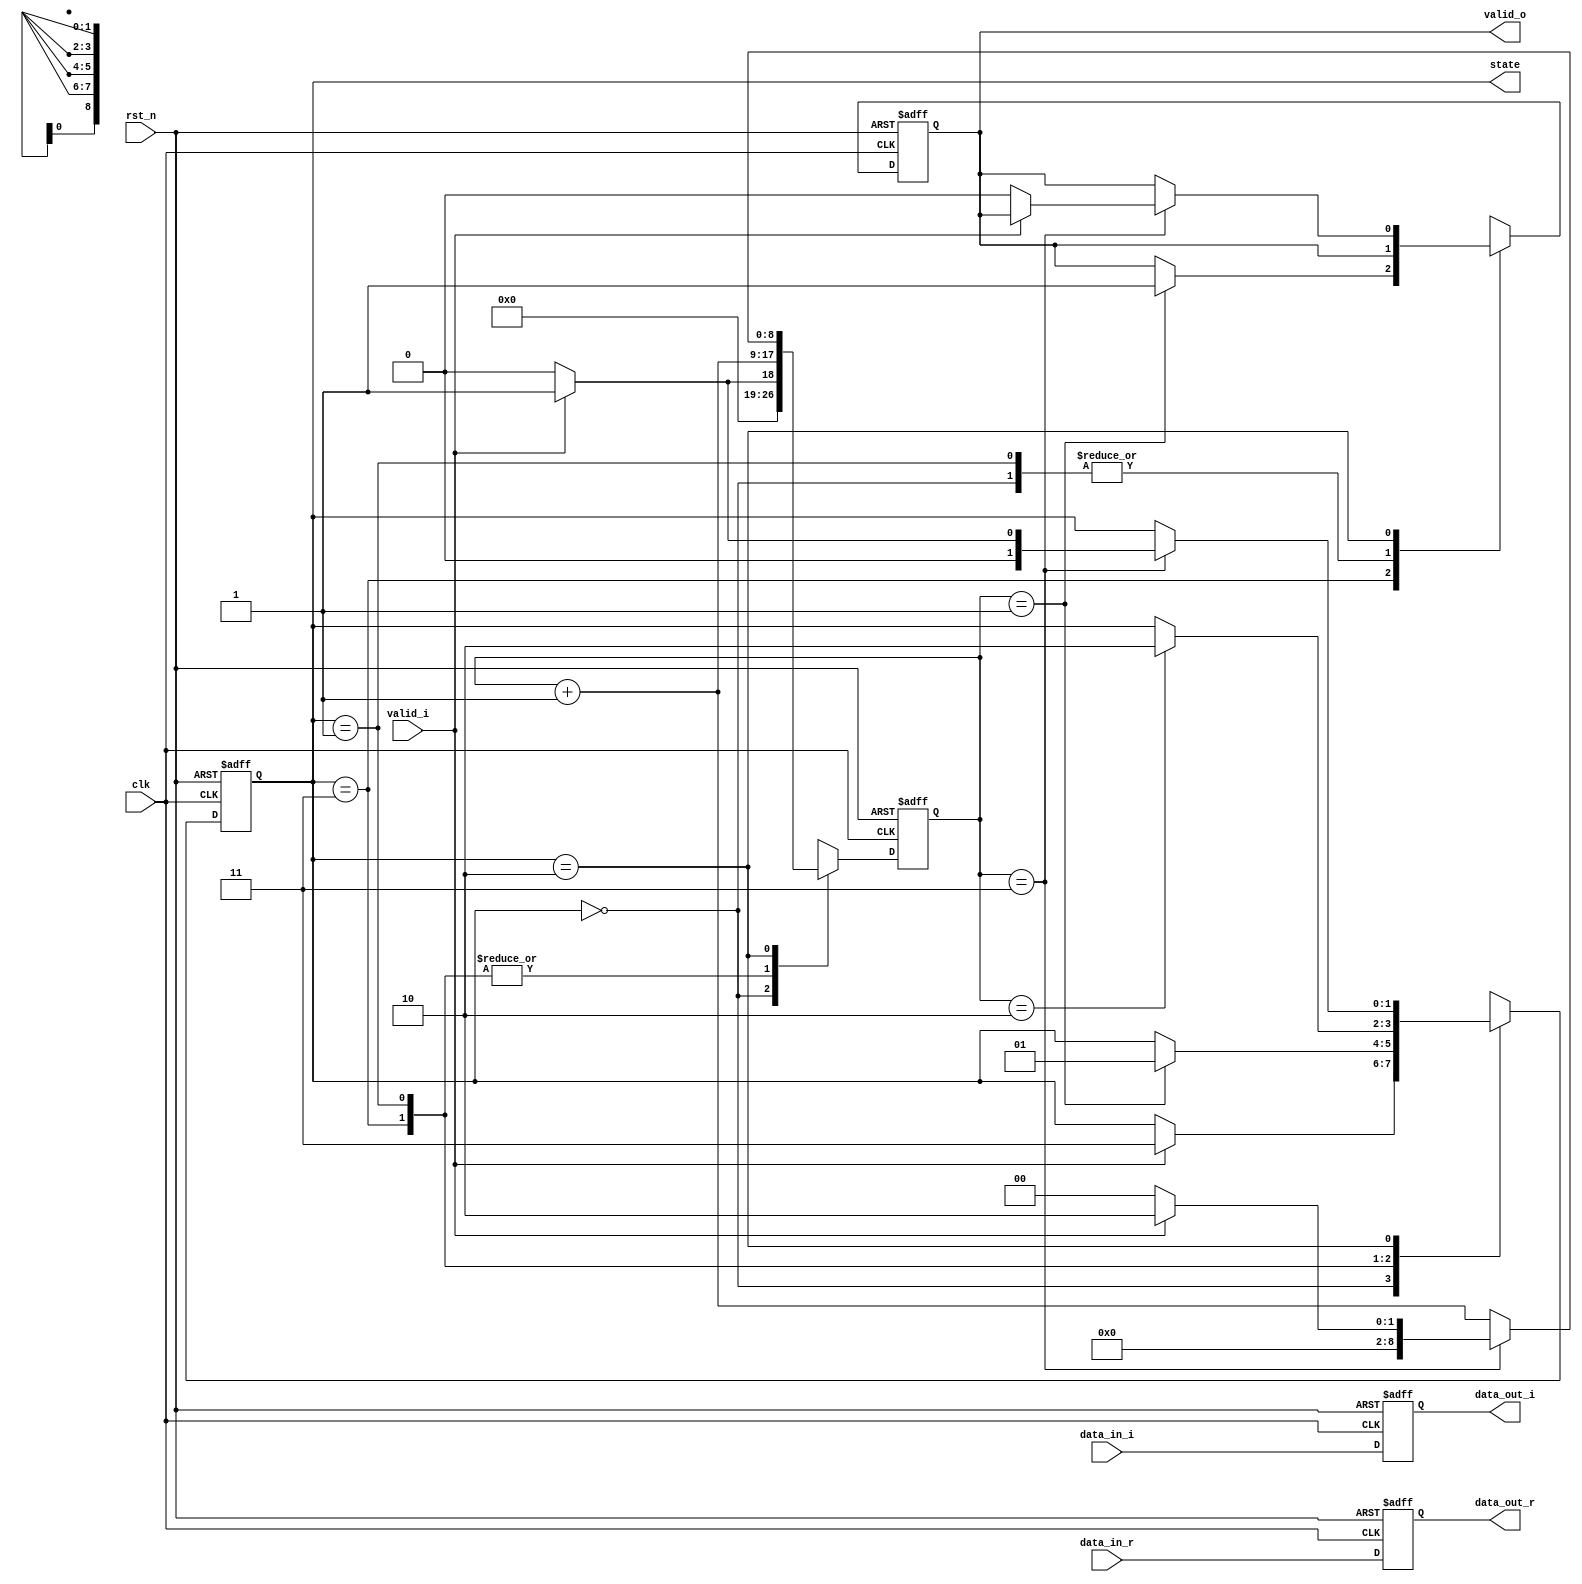
// ===================================================================
// Module: CTRL1
// 
// This is control-unit for 5th stage Butterfly unit
// Function:
//      1. Determine the input of the Butterfly unit
//      2. Give the exp(-j*2pi*n/N) to Butterfly unit
//      3. Control the input and the mux before/after the shift register
//
// Note that data_out is connected to the port A of the Butterfly unit
//     (flipfloped data_in)
// 
// ===================================================================
module CTRL1(
    input                       clk,
    input                       rst_n,
    input                       valid_i,
    input signed [16:0]         data_in_r,
    input signed [16:0]         data_in_i,
    
    output reg                  valid_o,         
    output reg [1:0]            state,
    output reg signed [16:0]    data_out_r,
    output reg signed [16:0]    data_out_i
);
    
    // state parameter
    parameter IDLE      = 2'b00;
    parameter FIRST     = 2'b01;
    parameter SECOND    = 2'b10;
    parameter WAITING   = 2'b11;

    // Wire-Reg declaration
    reg [8:0] count, next_count;
    reg [1:0] next_state;
    reg next_valid_o;
    
    // Combinational part - state logic
    always@(*) begin
        next_count = count;
        next_state = state;
        next_valid_o = valid_o;
        case(state)
            IDLE: begin
                next_count = 0;
                if(valid_i) begin
                    next_state = WAITING;
                    next_count = 1;
                end
            end
            WAITING: begin
                next_count = count + 1;
                if(count == 1) begin
                    next_state = FIRST;
                    // After 1 cycles, we are going to output g
                    next_valid_o = 1;
                end
            end
            FIRST: begin
                next_count = count + 1;
                if(count == 2) begin
                    // After 2 cycles, we are going to output h
                    next_state = SECOND;
                end
            end
            SECOND: begin
                next_count = count + 1;
                if(count == 3) begin
                    // After 3 cycles, all data have been outputed
                    if(valid_i) begin
                        next_state = FIRST;
                        next_count = 2;
                    end
                    else begin
                        next_state = IDLE;
                        next_count = 0;
                        next_valid_o = 0;
                    end
                end
            end
        endcase
    end

    // Sequential part
    always@(posedge clk or negedge rst_n) begin
        if(!rst_n) begin
            state <= IDLE;
            count <= 0;
            data_out_r <= 0;
            data_out_i <= 0;
            valid_o <= 0;
        end
        else begin
            state <= next_state;
            count <= next_count;
            data_out_r <= data_in_r;
            data_out_i <= data_in_i;
            valid_o <= next_valid_o;
        end
    end
endmodule